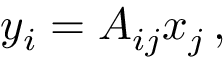
y _ { i } = A _ { i j } x _ { j } \, ,